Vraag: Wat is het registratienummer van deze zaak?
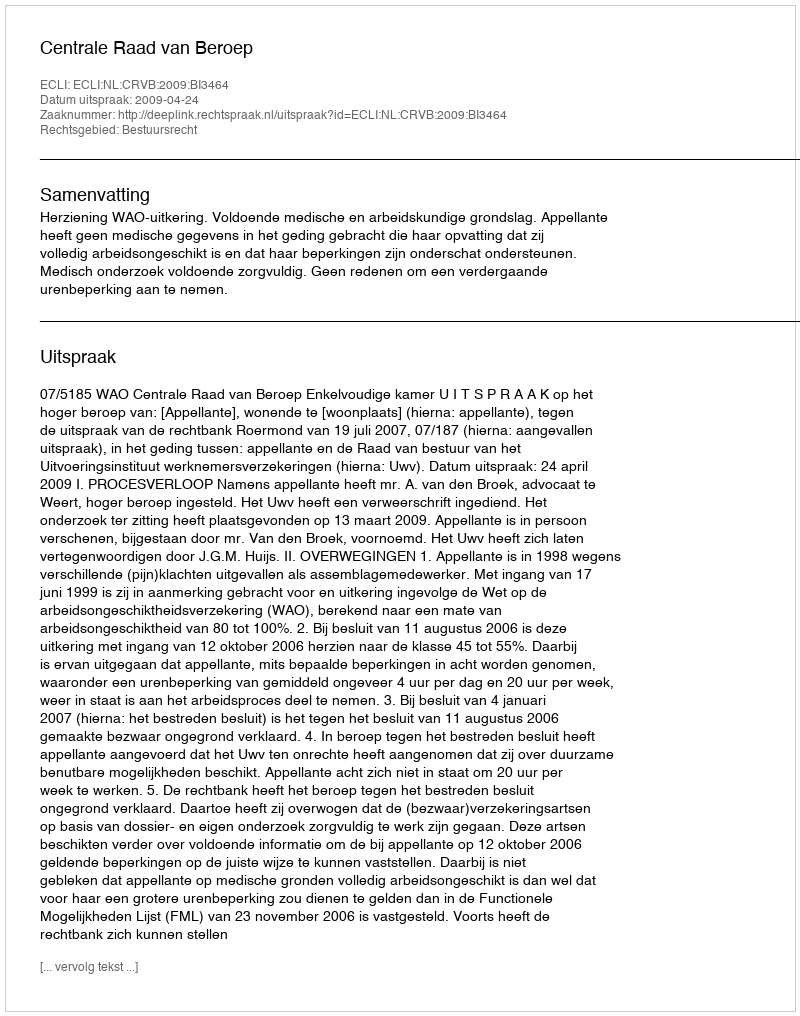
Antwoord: http://deeplink.rechtspraak.nl/uitspraak?id=ECLI:NL:CRVB:2009:BI3464